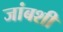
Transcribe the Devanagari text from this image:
जांबशी